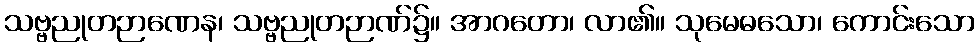
သဗ္ဗညုတဉာဏေန၊ သဗ္ဗညုတဉာဏ်၌။ အာဂတော၊ လာ၏။ သုမေဓသော၊ ကောင်းသော